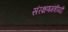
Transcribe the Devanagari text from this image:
संरक्षणमंत्रीपदी